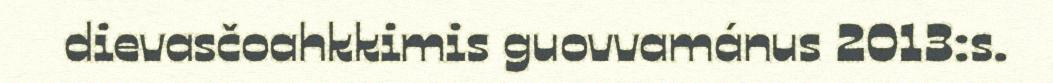
dievasčoahkkimis guovvamánus 2013:s.